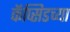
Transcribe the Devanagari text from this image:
कॅप्सिडच्या